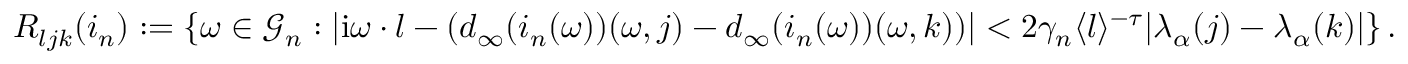
\begin{array} { r } { R _ { l j k } ( i _ { n } ) : = \left\{ \omega \in \mathcal { G } _ { n } : | \mathrm { i } \omega \cdot l - ( d _ { \infty } ( i _ { n } ( \omega ) ) ( \omega , j ) - d _ { \infty } ( i _ { n } ( \omega ) ) ( \omega , k ) ) | < 2 \gamma _ { n } \langle l \rangle ^ { - \tau } | \lambda _ { \alpha } ( j ) - \lambda _ { \alpha } ( k ) | \right\} . } \end{array}